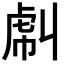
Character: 𧆮